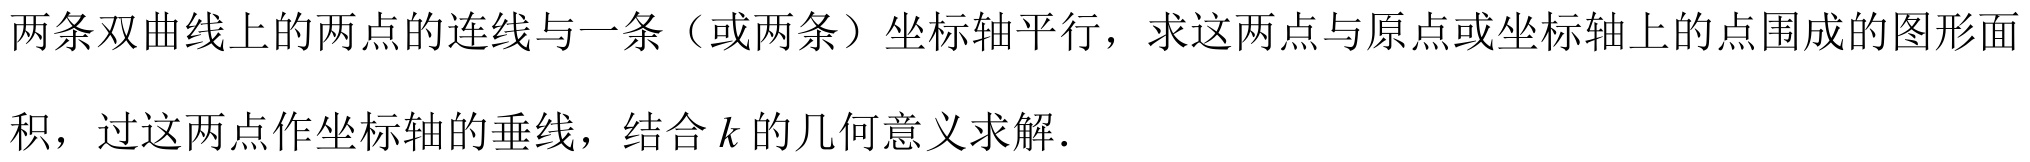
两条双曲线上的两点的连线与一条（或两条）坐标轴平行，求这两点与原点或坐标轴上的点围成的图形面
积，过这两点作坐标轴的垂线，结合\(k\)的几何意义求解.